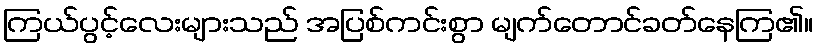
ကြယ်ပွင့်လေးများသည် အပြစ်ကင်းစွာ မျက်တောင်ခတ်နေကြ၏။